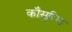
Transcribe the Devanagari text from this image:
कौसुरिया